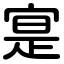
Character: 寔